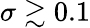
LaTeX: \sigma\gtrsim 0.1